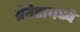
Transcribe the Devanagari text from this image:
ग्रेनेडामध्ये